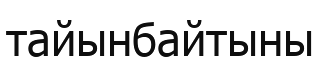
тайынбайтыны